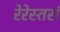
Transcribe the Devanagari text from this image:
रेरेस्तरां